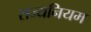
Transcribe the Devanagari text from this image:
राज्यनियम